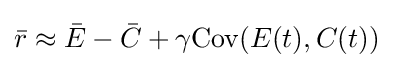
{\bar {r}}\approx {\bar {E}}-{\bar {C}}+\gamma {\text{Cov}}(E(t),C(t))